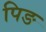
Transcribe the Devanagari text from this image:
पिङ